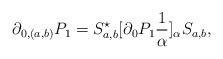
LaTeX: \begin{align*} \partial_{0,(a,b)}P_1 = S_{a,b}^\star [\partial_0P_1\frac1\alpha]_\alpha S_{a,b},\end{align*}